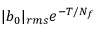
| b _ { 0 } | _ { r m s } e ^ { - T / N _ { f } }